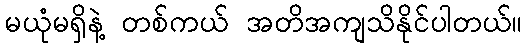
မယုံမရှိနဲ့ တစ်ကယ် အတိအကျသိနိုင်ပါတယ်။